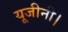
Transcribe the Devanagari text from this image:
यूजीनी।